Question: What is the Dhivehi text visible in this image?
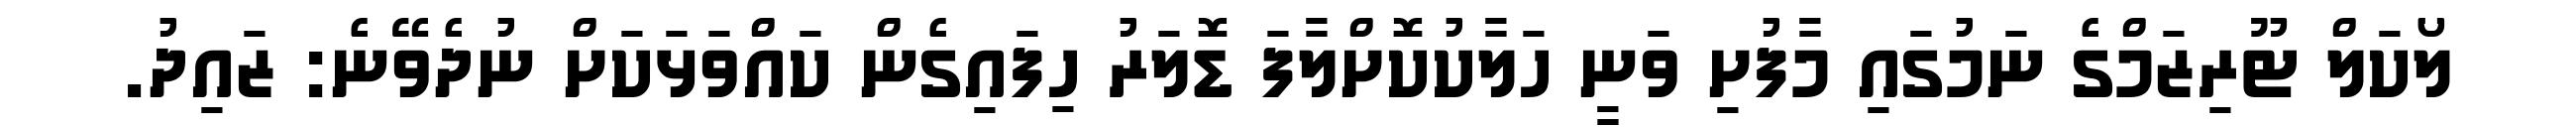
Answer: ލޯކަލް ޓޫރިޒަމްގެ ނަމުގައި މާފުށި ވަނީ ހަލާކުކޮށްލާފަ ޑޮލަރު ހިފައިގެން ކައްވަޅަކަށް ނުދެވޭނެ: ޒައިދު.